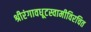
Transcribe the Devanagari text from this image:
श्रीरंगावधूटस्वामीविरचित